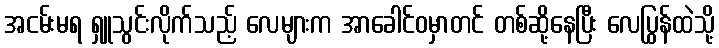
အငမ်းမရ ရှူသွင်းလိုက်သည့် လေများက အာခေါင်ဝမှာတင် တစ်ဆို့နေပြီး လေပြွန်ထဲသို့